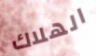
الهلاك